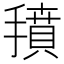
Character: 𱠱